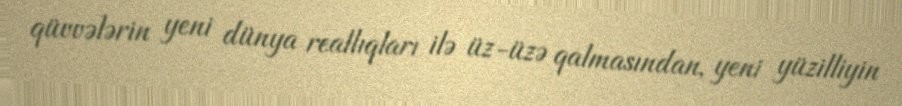
qüvvələrin yeni dünya reallıqları ilə üz-üzə qalmasından, yeni yüzilliyin